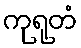
ကုရုတံ